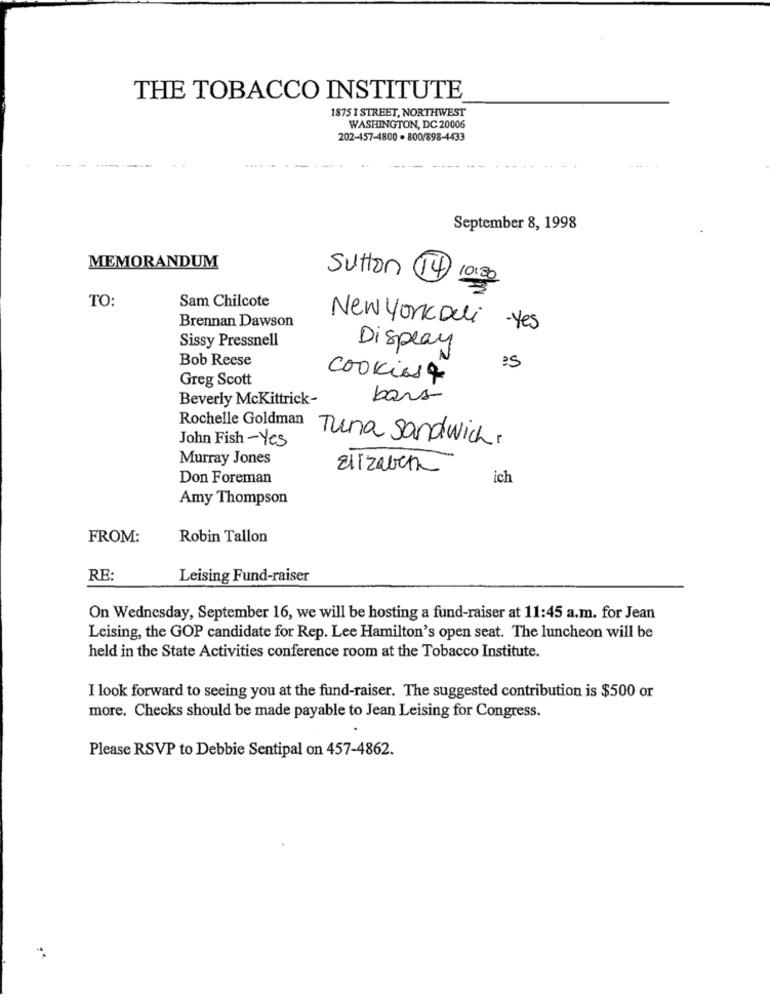
THE TOBACCO INSTITUTE
1875 I STREET, NORTHWEST
WASHINGTON, DC 20006
202-457-4800 . 800/898-4433
---
September 8, 1998
MEMORANDUM
Sutton
14
10:3
TO:
Sam Chilcote
Brennan Dawson
New York Deli
-Yes
Sissy Pressnell
Display
Bob Reese
Greg Scott
cookies &
Beverly McKittrick-
bars
Rochelle Goldman
John Fish -Yes
Tuna sandwich.
Murray Jones
Elizabeth
Don Foreman
ich
Amy Thompson
FROM:
Robin Tallon
RE:
Leising Fund-raiser
On Wednesday, September 16, we will be hosting a fund-raiser at 11:45 a.m. for Jean
Leising, the GOP candidate for Rep. Lee Hamilton's open seat. The luncheon will be
held in the State Activities conference room at the Tobacco Institute.
I look forward to seeing you at the fund-raiser. The suggested contribution is $500 or
more. Checks should be made payable to Jean Leising for Congress.
Please RSVP to Debbie Sentipal on 457-4862.